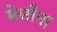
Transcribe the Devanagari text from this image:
मेसीना